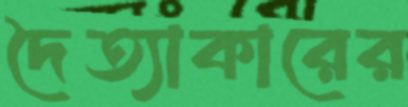
দৈত্যাকারের